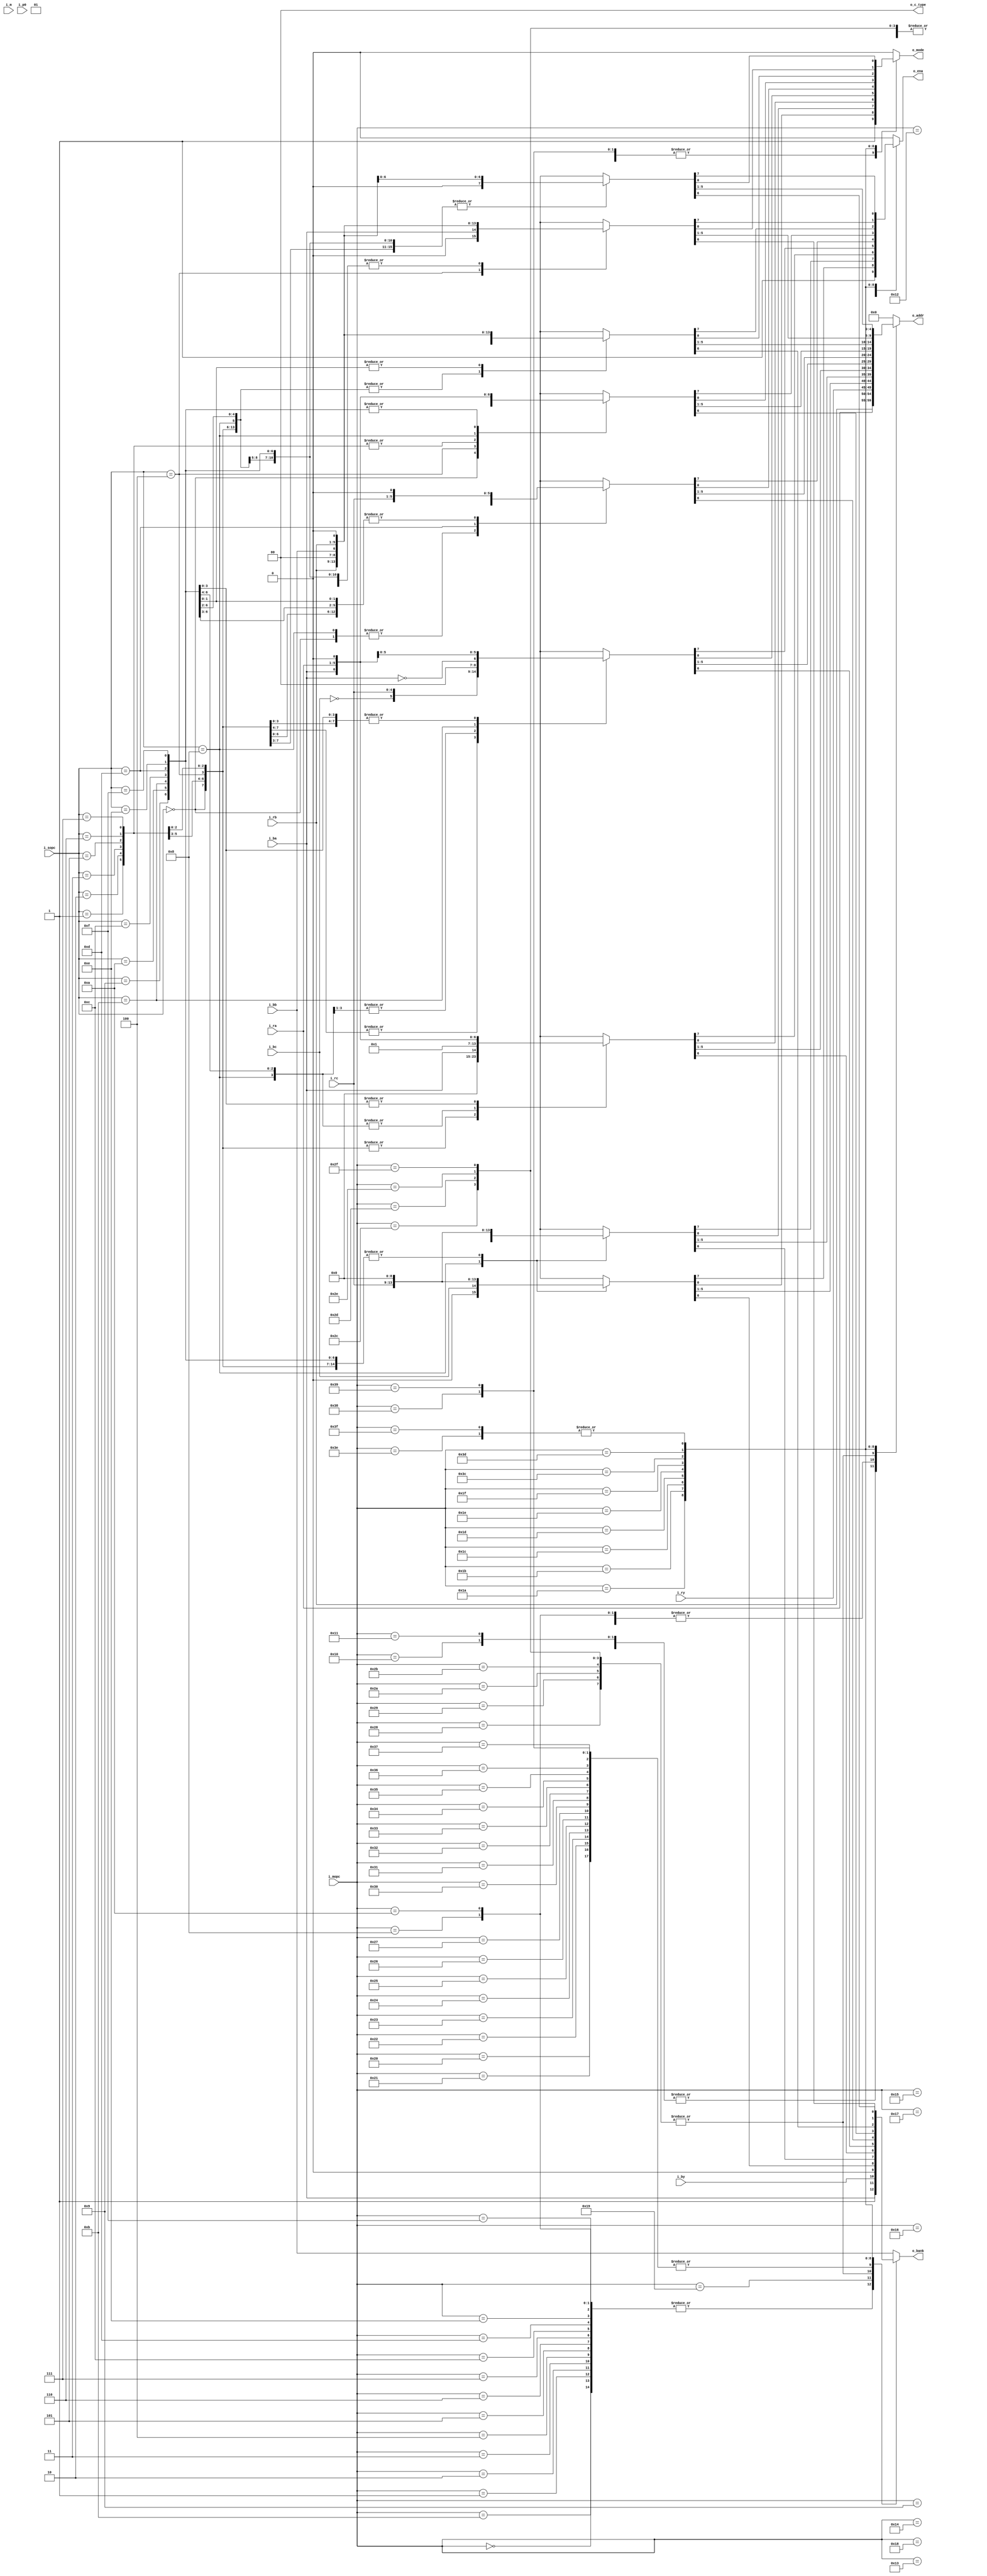
//=============================================================================
//    Main contributors
//      - Adam Luczak         <mailto:adam.luczak@outlook.com>
//=============================================================================
`default_nettype none
//-----------------------------------------------------------------------------
`timescale 1ns / 1ns                            
//=============================================================================
module eco32_core_idu_r1t
(
 input  wire     [5:0]  i_mopc,
 input  wire     [3:0]  i_sopc,
 input  wire            i_m  /*synthesis syn_keep=1*/,
 input  wire            i_p0 /*synthesis syn_keep=1*/,  
 
 input  wire     [4:0]  i_ra,
 input  wire            i_ba,     

 input  wire     [4:0]  i_rb,
 input  wire            i_bb,     

 input  wire     [4:0]  i_rc,
 input  wire            i_bc,     
 
 input  wire     [4:0]  i_ry,
 input  wire            i_by,     
 
 output  wire           o_ena,
 output  wire           o_bank,
 output  wire    [4:0]  o_addr,
 output  wire           o_mode,
 output  wire    [1:0]  o_c_type
);
//==============================================================================================
// variables
//==============================================================================================
reg         ena;
reg         bank;
reg  [4:0]  addr;
reg         mode;
//==============================================================================================
// mapping table for r1 pipe 
//==============================================================================================
always@(*)
    casex(i_mopc)   
    6'h00:         {ena,bank,addr,mode}  =  { 1'd0,    i_ba,i_ra,                         1'd0}; // sub/add
    6'h01:         {ena,bank,addr,mode}  =  { 1'd0,    i_ba,i_ra,                         1'd0}; // dec.cc/inc.cc
    6'h02:         {ena,bank,addr,mode}  =  { 1'd0,    i_ba,i_ra,                         1'd0}; // subcc/addcc
    6'h03:         {ena,bank,addr,mode}  =  { 1'd0,    i_ba,i_ra,                         1'd0}; // subucc/adducc
                                                       
    6'h04:         {ena,bank,addr,mode}  =  { 1'd0,    i_ba,i_ra,                         1'd0}; // and/andhi
    6'h05:         {ena,bank,addr,mode}  =  { 1'd0,    i_ba,i_ra,                         1'd0}; // or/orhi
    6'h06:         {ena,bank,addr,mode}  =  { 1'd0,    i_ba,i_ra,                         1'd0}; // xor/xorhi
    6'h07:         {ena,bank,addr,mode}  =  { 1'd0,    i_ba,i_ra,                         1'd0}; // andcc/andcchi
                                                       
    6'h08:         {ena,bank,addr,mode}  =  { 1'd1,    i_ba,i_ra,                         1'd1}; // min      (r,r,imm)      max       (r,r,imm)
    6'h09:         {ena,bank,addr,mode}  =  { 1'd1,    i_bb,i_rb,                         1'd0}; // sel      (r,r,imm)      sel       (r,r,imm)
    6'h0A:         {ena,bank,addr,mode}  =  { 1'd1,    i_ba,i_ra,                         1'd1}; // --                      --
    6'h0B:         {ena,bank,addr,mode}  =  { 1'd0,    i_ba,5'd0,                         1'd0}; // ld.cc    (r,r,imm)      ld.cc.ab  (r,r,imm)
                                                       
    6'h0C:         {ena,bank,addr,mode}  =  { 1'd1,    i_ba,i_ra,                         1'd0}; // mul16    (r,R,imm),      mul32    (r,R,imm)        
    6'h0D:         {ena,bank,addr,mode}  =  { 1'd1,    i_ba,i_ra,                         1'd0}; // -                 ,      mul32hl  (b:a,R,imm)      
    6'h0E:         {ena,bank,addr,mode}  =  { 1'd1,    i_ba,i_ra,                         1'd0}; // mulf16   (r,R,imm),      mulf32   (r,R,imm)        
    6'h0F:         {ena,bank,addr,mode}  =  { 1'd1,    i_ba,i_ra,                         1'd0}; // div32l   (r,R,imm),      div32hl  (b:a,R,imm)      
                                                                                                                                                   
    6'h10:         {ena,bank,addr,mode}  =  { 1'd0,    i_bb,i_rb,                         1'd1}; // fsub     (r,r,IMM),      fadd     (r,R,IMM)        
    6'h11:         {ena,bank,addr,mode}  =  { 1'd0,    i_bb,i_rb,                         1'd1}; // fmul     (r,r,imm),      fdiv     (r,R,imm)  // don't care      
    6'h12:         {ena,bank,addr,mode}  =  { 1'd1,    i_bb,i_rb,                         1'd0}; // fmulsub  (r,r,R,b:a),    fmuladd  (r,r,R,b:a)      
    6'h13:         {ena,bank,addr,mode}  =  { 1'd1,    i_bb,i_rb,                         1'd0}; // fmul.ab  (b:a,r,R,b:a),  -                         
                                                                                                                                                   
    6'h14:         {ena,bank,addr,mode}  =  { 1'd1,    i_bb,i_rb,                         1'd0}; // mul16sub (r,r,R,b:a),    mul16add (r,r,R,b:a)      
    6'h15:         {ena,bank,addr,mode}  =  { 1'd1,    i_bb,i_rb,                         1'd0}; // mul16ab  (b:a,r,R,b:a),  mul32.ab (b:a,r,R,b:a)    
    6'h16:         {ena,bank,addr,mode}  =  { 1'd1,    i_bb,i_rb,                         1'd0}; // mulf16sub(r,r,R,b:a),    mulf16add(r,r,R,b:a)      
    6'h17:         {ena,bank,addr,mode}  =  { 1'd1,    i_bb,i_rb,                         1'd0}; // mulf16ab (b:a,r,R,b:a),  mulf32.ab(b:a,r,R,b:a)    
                                                                                                                                                       
    6'h18:         {ena,bank,addr,mode}  =  { 1'd1,    i_bb,i_rb,                         1'd0}; // lea      (r,r,R,r),      -                         
    6'h19:         {ena,bank,addr,mode}  =  { 1'd1,    1'b1,i_ra,                         1'd0}; // leai     (r,B:a,imm),    -                         
//  6'h1A:         subopcode S0
//  6'h1B:         subopcode S1

//  6'h1C:         subopcode I0
//  6'h1D:         subopcode I1
//  6'h1E:         subopcode F0
//  6'h1F:         subopcode F1

    6'h20:         {ena,bank,addr,mode}  =  {1'b0,    1'b0,5'd0,                          1'd0}; // ld.ub(r+o)/ld.ub.ab(r+o)
    6'h21:         {ena,bank,addr,mode}  =  {1'b0,    1'b0,5'd0,                          1'd0}; // ld.uh(r+o)/ld.uh.ab(r+o)
    6'h22:         {ena,bank,addr,mode}  =  {1'b0,    1'b0,5'd0,                          1'd0}; // ld.uw(r+o)/ld.uw.ab(r+o)
    6'h23:         {ena,bank,addr,mode}  =  {1'b0,    1'b0,5'd0,                          1'd0}; // ld.d(r+o) /ld.d.ab(r+o)
                                                           
    6'h24:         {ena,bank,addr,mode}  =  {1'b0,    1'b0,5'd0,                          1'd0}; // ld.sb(r+o)/ld.sb.ab(r+o)
    6'h25:         {ena,bank,addr,mode}  =  {1'b0,    1'b0,5'd0,                          1'd0}; // ld.sh(r+o)/ld.sh.ab(r+o)
    6'h26:         {ena,bank,addr,mode}  =  {1'b0,    1'b0,5'd0,                          1'd0}; // ld.sw(r+o)/ld.sw.ab(r+o)
    6'h27:         {ena,bank,addr,mode}  =  {1'b0,    1'b0,5'd0,                          1'd0}; // ld.d(r+o) /ld.d.ab(r+o)
                                                           
    6'h28:         {ena,bank,addr,mode}  =  {1'b1,    i_by,i_ry,                          1'd0}; // st.b(r+o)/st.b.ab(r+o)
    6'h29:         {ena,bank,addr,mode}  =  {1'b1,    i_by,i_ry,                          1'd0}; // st.h(r+o)/st.h.ab(r+o)
    6'h2A:         {ena,bank,addr,mode}  =  {1'b1,    i_by,i_ry,                          1'd0}; // st.w(r+o)/st.w.ab(r+o)
    6'h2B:         {ena,bank,addr,mode}  =  {1'b1,    i_by,i_ry,                          1'd0}; // st.d(r+o)/st.d.ab(r+o) 
                                                           
    6'h2C:         {ena,bank,addr,mode}  =  {1'b1,    i_by,i_ry,                          1'd1}; // update
    6'h2D:         {ena,bank,addr,mode}  =  {1'b1,    i_by,i_ry,                          1'd1}; // store
    6'h2E:         {ena,bank,addr,mode}  =  {1'b1,    i_by,i_ry,                          1'd1}; // load
    6'h2F:         {ena,bank,addr,mode}  =  {1'b1,    i_by,i_ry,                          1'd1}; // flush
                                                           
    6'h30:         {ena,bank,addr,mode}  =  {1'd0,    1'b0,5'd0,                          1'd0}; // jp.cc(r+r)/jpal.cc(r+r)
    6'h31:         {ena,bank,addr,mode}  =  {1'd0,    1'b0,5'd0,                          1'd0}; // jr.cc(o)/jral.cc(o)
    6'h32:         {ena,bank,addr,mode}  =  {1'b0,    1'b0,5'd0,                          1'd0}; // jp.cc(r+o)/jpal.cc(r+0)
    6'h33:         {ena,bank,addr,mode}  =  {1'b0,    1'b0,5'd0,                          1'd0}; // syscall.cc
     
    6'h34:         {ena,bank,addr,mode}  =  {1'd0,    1'b0,5'd0,                          1'd0}; // jp(a)/jpal(o)
    6'h35:         {ena,bank,addr,mode}  =  {1'd0,    1'b0,5'd0,                          1'd0}; // jp(r+o)/jpal(r+0)
    6'h36:         {ena,bank,addr,mode}  =  {1'b0,    1'b0,5'd0,                          1'd0}; // syscall.cc
    6'h37:         {ena,bank,addr,mode}  =  {1'd0,    1'b0,5'd0,                          1'd0}; // syscall
                                                           
    6'h38:         {ena,bank,addr,mode}  =  {1'd0,    1'b0,5'd0,                          1'd1}; // ldi(imm)/ldihi(imm)
    6'h39:         {ena,bank,addr,mode}  =  {1'd0,    1'b0,5'd0,                          1'd1}; // lra(off)/lrahi(off)
//  6'h3A:         extension E0
//  6'h3B:         reserved

//  6'h3C:         subopcode M0
//  6'h3D:         subopcode M1
//  6'h3E:         reserved
//  6'h3F:         reserved

    //..........................................................................................
    6'h1A: // sub Opcode S0
    //..........................................................................................
    case(i_sopc)                                                                                                                                                               
        4'h0:      {ena,bank,addr,mode}   =  {  1'b0,   1'b0,5'd0,                        1'd0}; // shll/shlr
        4'h1:      {ena,bank,addr,mode}   =  {  1'b0,   1'b0,5'd0,                        1'd0}; // shel/shar
        4'h2:      {ena,bank,addr,mode}   =  {  1'b0,   1'b0,5'd0,                        1'd0}; // shml/shmr
        4'h3:      {ena,bank,addr,mode}   =  {  1'b0,   1'b0,5'd0,                        1'd0}; // rotl/rotr
                                                             
        4'h4:      {ena,bank,addr,mode}   =  {  1'b0,   1'b0,5'd0,                        1'd0}; // 
        4'h5:      {ena,bank,addr,mode}   =  {  1'b0,   1'b0,5'd0,                        1'd0}; // 
        4'h6:      {ena,bank,addr,mode}   =  {  1'b0,   1'b0,5'd0,                        1'd0}; // 
        4'h7:      {ena,bank,addr,mode}   =  {  1'b0,   1'b0,5'd0,                        1'd0}; // 
                                                             
        4'h8:      {ena,bank,addr,mode}   =  {  1'b0,   i_bc,i_rc,                        1'd0}; // dsl
        4'h9:      {ena,bank,addr,mode}   =  {  1'b0,   1'b0,5'd0,                        1'd0}; // 
        4'hA:      {ena,bank,addr,mode}   =  {  1'b0,   1'b0,5'd0,                        1'd0}; // 
        4'hB:      {ena,bank,addr,mode}   =  {  1'b0,   1'b0,5'd0,                        1'd0}; //
                                                             
        4'hC:      {ena,bank,addr,mode}   =  {  1'b0,   1'b0,5'd0,                        1'd0}; // clo
        4'hD:      {ena,bank,addr,mode}   =  {  1'b0,   1'b0,5'd0,                        1'd0}; // 
        4'hE:      {ena,bank,addr,mode}   =  {  1'b0,   1'b0,5'd0,                        1'd0}; // 
        4'hF:      {ena,bank,addr,mode}   =  {  1'b0,   1'b0,5'd0,                        1'd0}; // 
    endcase 

    //..........................................................................................
    6'h1B: // sub Opcode S1
    //..........................................................................................
    case(i_sopc)                                                                                                                                                               
        4'h0:      {ena,bank,addr,mode}   =  {  1'b0,   1'b0,5'd0,                        1'd0}; // 
        4'h1:      {ena,bank,addr,mode}   =  {  1'b0,   1'b0,5'd0,                        1'd0}; // 
        4'h2:      {ena,bank,addr,mode}   =  {  1'b0,   1'b0,5'd0,                        1'd0}; // 
        4'h3:      {ena,bank,addr,mode}   =  {  1'b0,   1'b0,5'd0,                        1'd0}; // 
                                                                 
        4'h4:      {ena,bank,addr,mode}   =  {  1'b0,   1'b0,5'd0,                        1'd0}; // 
        4'h5:      {ena,bank,addr,mode}   =  {  1'b0,   1'b0,5'd0,                        1'd0}; // 
        4'h6:      {ena,bank,addr,mode}   =  {  1'b0,   1'b0,5'd0,                        1'd0}; // 
        4'h7:      {ena,bank,addr,mode}   =  {  1'b0,   1'b0,5'd0,                        1'd0}; // 
                                                                 
        4'h8:      {ena,bank,addr,mode}   =  {  1'b1,  !i_bc,i_rc,                        1'd0}; // dsl
        4'h9:      {ena,bank,addr,mode}   =  {  1'b0,   1'b0,5'd0,                        1'd0}; // 
        4'hA:      {ena,bank,addr,mode}   =  {  1'b0,   1'b0,5'd0,                        1'd0}; // 
        4'hB:      {ena,bank,addr,mode}   =  {  1'b0,   1'b0,5'd0,                        1'd0}; //
                                                                 
        4'hC:      {ena,bank,addr,mode}   =  {  1'b0,   1'b0,5'd0,                        1'd0}; // clz
        4'hD:      {ena,bank,addr,mode}   =  {  1'b0,   1'b0,5'd0,                        1'd0}; // 
        4'hE:      {ena,bank,addr,mode}   =  {  1'b0,   1'b0,5'd0,                        1'd0}; // 
        4'hF:      {ena,bank,addr,mode}   =  {  1'b0,   1'b0,5'd0,                        1'd0}; // 
    endcase 

    //..........................................................................................
    6'h1C: // sub Opcode I0
    //..........................................................................................
    case(i_sopc)                                                                                                                                                               
        4'h0:      {ena,bank,addr,mode}   =  {  1'b0,   1'b0,5'd0,                        1'd0}; // sub                     add
        4'h1:      {ena,bank,addr,mode}   =  {  1'b0,   1'b0,5'd0,                        1'd0}; // dec                     inc
        4'h2:      {ena,bank,addr,mode}   =  {  1'b0,   1'b0,5'd0,                        1'd0}; // subcc                   adduccc
        4'h3:      {ena,bank,addr,mode}   =  {  1'b0,   1'b0,5'd0,                        1'd0}; // subucc                  adducc
                                                                 
        4'h4:      {ena,bank,addr,mode}   =  {  1'b0,   1'b0,5'd0,                        1'd0}; // and                     andn
        4'h5:      {ena,bank,addr,mode}   =  {  1'b0,   1'b0,5'd0,                        1'd0}; // or                      orn
        4'h6:      {ena,bank,addr,mode}   =  {  1'b0,   1'b0,5'd0,                        1'd0}; // xor                     xorn
        4'h7:      {ena,bank,addr,mode}   =  {  1'b0,   1'b0,5'd0,                        1'd0}; // andcc                   ancncc    (r,r,r)
                                                             
        4'h8:      {ena,bank,addr,mode}   =  {  1'b0,   i_ba,5'd0,                        1'd0}; // -                       - 
        4'h9:      {ena,bank,addr,mode}   =  {  1'b0,   i_ba,5'd0,                        1'd0}; // abs                     absabs
        4'hA:      {ena,bank,addr,mode}   =  {  1'b0,   i_ba,5'd0,                        1'd0}; // -                       -
        4'hB:      {ena,bank,addr,mode}   =  {  1'b0,   i_ba,5'd0,                        1'd0}; // ld.cc    (r,r)          ld.cc.ab  (b:a,b:a)     
                                                             
        4'hC:      {ena,bank,addr,mode}   =  {  1'b1,   i_ba,i_ra,                        1'd0}; // mul16    (r,R,r),       mul32    (r,R,r)   
        4'hD:      {ena,bank,addr,mode}   =  {  1'b1,   i_ba,i_ra,                        1'd0}; // -               ,       mul32hl  (b:a,R,r) 
        4'hE:      {ena,bank,addr,mode}   =  {  1'b1,   i_ba,i_ra,                        1'd0}; // mulf16   (r,R,r),       mulf32   (r,R,r)   
        4'hF:      {ena,bank,addr,mode}   =  {  1'b1,   i_ba,i_ra,                        1'd0}; // div32l   (r,R,r),       div32hl  (b:a,R,r) 
    endcase 

    //..........................................................................................
    6'h1D: // sub Opcode I1
    //..........................................................................................
    case(i_sopc)                                                                                                                                                               
        4'h0:      {ena,bank,addr,mode}   =  {  1'b1,  !i_ba,i_ra,                        1'd0}; // addadd/subsub
        4'h1:      {ena,bank,addr,mode}   =  {  1'b1,  !i_ba,i_ra,                        1'd0}; // 
        4'h2:      {ena,bank,addr,mode}   =  {  1'b1,  !i_ba,i_ra,                        1'd0}; // 
        4'h3:      {ena,bank,addr,mode}   =  {  1'b1,  !i_ba,i_ra,                        1'd0}; // 
                                                             
        4'h4:      {ena,bank,addr,mode}   =  {  1'b0,  !i_ba,i_ra,                        1'd0}; // 
        4'h5:      {ena,bank,addr,mode}   =  {  1'b0,  !i_ba,i_ra,                        1'd0}; // 
        4'h6:      {ena,bank,addr,mode}   =  {  1'b0,  !i_ba,i_ra,                        1'd0}; // 
        4'h7:      {ena,bank,addr,mode}   =  {  1'b0,  !i_ba,i_ra,                        1'd0}; // 
                                                             
        4'h8:      {ena,bank,addr,mode}   =  {  1'b0,  !i_bc,i_rc,                        1'd0}; // 
        4'h9:      {ena,bank,addr,mode}   =  {  1'd0,  !i_bc,i_rc,                        1'd0}; // 
        4'hA:      {ena,bank,addr,mode}   =  {  1'b0,  !i_bc,i_rc,                        1'd0}; // 
        4'hB:      {ena,bank,addr,mode}   =  {  i_p0,  !i_bc,i_rc,                        1'd0}; // move.cc cr
                                                             
        4'hC:      {ena,bank,addr,mode}   =  {  1'b0,  !i_ba,i_ra,                        1'd0}; // 
        4'hD:      {ena,bank,addr,mode}   =  {  1'b0,  !i_ba,i_ra,                        1'd0}; // 
        4'hE:      {ena,bank,addr,mode}   =  {  1'b0,  !i_ba,i_ra,                        1'd0}; // 
        4'hF:      {ena,bank,addr,mode}   =  {  1'b0,  !i_ba,i_ra,                        1'd0}; // 
    endcase 
    
    //..........................................................................................
    6'h1E: // sub Opcode F0
    //..........................................................................................
    case(i_sopc)                                                                                                                                                               
        4'h0:      {ena,bank,addr,mode}   =  {  1'b1,   i_bc,i_rc,                          1'd0}; // fsub     (r,r,R),        fadd     (r,r,R)    
        4'h1:      {ena,bank,addr,mode}   =  {  1'b0,   i_bc,i_rc,                          1'd0}; // fmul     (r,r,r),        fdiv     (r,r,r)   // don't care 
        4'h2:      {ena,bank,addr,mode}   =  {  1'b0,   i_bc,i_rc,                          1'd0}; // -                        -                   
        4'h3:      {ena,bank,addr,mode}   =  {  1'b0,   i_bc,i_rc,                          1'd0}; // -                        -                   
                                                                                                                                              
        4'h4:      {ena,bank,addr,mode}   =  {  1'b0,   i_bc,i_rc,                          1'd0}; // fsin/fcos(r,r),          ftan/fatan(r,r)     
        4'h5:      {ena,bank,addr,mode}   =  {  1'b0,   i_bc,i_rc,                          1'd0}; // flog     (r,r),          fexp     (r,r)      
        4'h6:      {ena,bank,addr,mode}   =  {  1'b0,   i_bc,i_rc,                          1'd0}; // -                        -                   
        4'h7:      {ena,bank,addr,mode}   =  {  1'b0,   i_bc,i_rc,                          1'd0}; // fsqrt    (r,r),          f1x      (r,r)      
                                                                                                                                              
        4'h8:      {ena,bank,addr,mode}   =  {  1'b1,   i_bc,i_rc,                          1'd0}; // ftoi/itof(r,R),          -                   
        4'h9:      {ena,bank,addr,mode}   =  {  1'b0,   i_bc,i_rc,                          1'd0}; // ftrunc/frounf(r,r),      ffloor/fceil(r,r)   
        4'hA:      {ena,bank,addr,mode}   =  {  1'b0,   i_bc,i_rc,                          1'd0}; // -                        -                   
        4'hB:      {ena,bank,addr,mode}   =  {  1'b0,   i_bc,i_rc,                          1'd0}; //   -                        -                   
                                                                                                                                              
        4'hC:      {ena,bank,addr,mode}   =  {  1'b0,   i_bc,i_rc,                          1'd0}; // -                        -                   
        4'hD:      {ena,bank,addr,mode}   =  {  1'b0,   i_bc,i_rc,                          1'd1}; // fabs/fneg(r,r),          -  
        4'hE:      {ena,bank,addr,mode}   =  {  1'b0,   i_bc,i_rc,                          1'd0}; // -                        -                   
        4'hF:      {ena,bank,addr,mode}   =  {  1'b0,   i_bc,i_rc,                          1'd0}; // -                        -                   
    endcase 

    //..........................................................................................
    6'h1F: // sub Opcode X0
    //..........................................................................................
    case(i_sopc)                                                                                                                                                               
        4'h0:      {ena,bank,addr,mode}   =  {   i_m,  !i_ba,i_ra,                          1'd0}; // sad                      sad.ba
        4'h1:      {ena,bank,addr,mode}   =  {  1'b0,   i_bb,i_rb,                          1'd0}; // -                        -   
        4'h2:      {ena,bank,addr,mode}   =  {  1'b0,   i_bb,i_rb,                          1'd0}; // -                        -   
        4'h3:      {ena,bank,addr,mode}   =  {  1'b0,   i_bb,i_rb,                          1'd0}; // -                        -   
                                                                                                                              
        4'h4:      {ena,bank,addr,mode}   =  {  1'b0,   i_ba,i_rb,                          1'd0}; // bswap  (r,r)          bswap.ab  (b:a,b:a)
        4'h5:      {ena,bank,addr,mode}   =  {  1'b0,   i_bb,i_rb,                          1'd0}; // -                        -   
        4'h6:      {ena,bank,addr,mode}   =  {  1'b0,   i_bb,i_rb,                          1'd0}; // -                        -   
        4'h7:      {ena,bank,addr,mode}   =  {  1'b0,   i_bb,i_rb,                          1'd0}; // -                        -   

        4'h8:      {ena,bank,addr,mode}   =  {  1'b1,   i_ba,i_ra,                          1'd0}; // min/max    (r,r,r)        maxmin.ab (b:a,r,r)
        4'h9:      {ena,bank,addr,mode}   =  {  1'b0,   i_ba,i_ra,                          1'd0}; // -                        -   
        4'hA:      {ena,bank,addr,mode}   =  {  1'b0,   i_ba,i_ra,                          1'd0}; // -                        -   
        4'hB:      {ena,bank,addr,mode}   =  {  1'b0,   i_ba,i_ra,                          1'd0}; // -                        -   
                                                                                                                              
        4'hC:      {ena,bank,addr,mode}   =  {  1'b0,   i_ba,i_ra,                          1'd0}; // -                        -   
        4'hD:      {ena,bank,addr,mode}   =  {  1'b0,   i_ba,i_ra,                          1'd0}; // -                        -   
        4'hE:      {ena,bank,addr,mode}   =  {  1'b0,   i_ba,i_ra,                          1'd0}; // -                        -   
        4'hF:      {ena,bank,addr,mode}   =  {  1'b0,   i_ba,i_ra,                          1'd0}; // -                        -   
    endcase 
    
    //..........................................................................................
    6'h3C: // sub Opcode M0
    //..........................................................................................
    case(i_sopc)                                                                                                                                                               
        4'h0:      {ena,bank,addr,mode}   =  {  1'b1,   i_bb,i_rb,                          1'd0}; // ld.ub(r+r)/ld.ub.ab(r+r)
        4'h1:      {ena,bank,addr,mode}   =  {  1'b1,   i_bb,i_rb,                          1'd0}; // ld.uh(r+r)/ld.uh.ab(r+r)
        4'h2:      {ena,bank,addr,mode}   =  {  1'b1,   i_bb,i_rb,                          1'd0}; // ld.uw(r+r)/ld.uw.ab(r+r)
        4'h3:      {ena,bank,addr,mode}   =  {  1'b1,   i_bb,i_rb,                          1'd0}; // ld.d(r+r) /ld.d.ab(r+r)
                                                             
        4'h4:      {ena,bank,addr,mode}   =  {  1'b1,   i_bb,i_rb,                          1'd0}; // ld.sb(r+r)/ld.sb.ab(r+r)
        4'h5:      {ena,bank,addr,mode}   =  {  1'b1,   i_bb,i_rb,                          1'd0}; // ld.sh(r+r)/ld.sh.ab(r+r)
        4'h6:      {ena,bank,addr,mode}   =  {  1'b1,   i_bb,i_rb,                          1'd0}; // ld.sw(r+r)/ld.sw.ab(r+r)
        4'h7:      {ena,bank,addr,mode}   =  {  1'b1,   i_bb,i_rb,                          1'd0}; // ld.d(r+r) /ld.d.ab(r+r)
                                                             
        4'h8:      {ena,bank,addr,mode}   =  {  1'b1,   i_bb,i_rb,                          1'd0}; // st.b(r+r)/st.b.ab(r+r)
        4'h9:      {ena,bank,addr,mode}   =  {  1'b1,   i_bb,i_rb,                          1'd0}; // st.h(r+r)/st.h.ab(r+r)
        4'hA:      {ena,bank,addr,mode}   =  {  1'b1,   i_bb,i_rb,                          1'd0}; // st.w(r+r)/st.w.ab(r+r)
        4'hB:      {ena,bank,addr,mode}   =  {  1'b1,   i_bb,i_rb,                          1'd0}; // st.d(r+r)/st.d.ab(r+r) 
                                                             
        4'hC:      {ena,bank,addr,mode}   =  {  1'b1,   i_bb,i_rb,                          1'd0}; // ld.f32(r+r)/ld.f32.ab(r+r) -- reserved
        4'hD:      {ena,bank,addr,mode}   =  {  1'b1,   i_bb,i_rb,                          1'd0}; // st.f32(r+r)/st.f32.ab(r+r) -- reserved
        4'hE:      {ena,bank,addr,mode}   =  {  1'b0,   i_bb,i_rb,                          1'd0}; // 
        4'hF:      {ena,bank,addr,mode}   =  {  1'b0,   i_bb,i_rb,                          1'd0}; // 
    endcase 

    //..........................................................................................
    6'h3D: // sub Opcode M1
    //..........................................................................................
    case(i_sopc)                                                                                                                                                               
        4'h0:      {ena,bank,addr,mode}   =  {  1'b0,   i_bb,i_rb,                          1'd0}; // ld.ub(r)/ld.ub.ab(r)
        4'h1:      {ena,bank,addr,mode}   =  {  1'b0,   i_bb,i_rb,                          1'd0}; // ld.uh(r)/ld.uh.ab(r)
        4'h2:      {ena,bank,addr,mode}   =  {  1'b0,   i_bb,i_rb,                          1'd0}; // ld.uw(r)/ld.uw.ab(r)
        4'h3:      {ena,bank,addr,mode}   =  {  1'b0,   i_bb,i_rb,                          1'd0}; // ld.d(r) /ld.d.ab(r)
                                                             
        4'h4:      {ena,bank,addr,mode}   =  {  1'b0,   i_ba,i_rb,                          1'd0}; // ld.sb(r)/ld.sb.ab(r)
        4'h5:      {ena,bank,addr,mode}   =  {  1'b0,   i_bb,i_rb,                          1'd0}; // ld.sh(r)/ld.sh.ab(r)
        4'h6:      {ena,bank,addr,mode}   =  {  1'b0,   i_bb,i_rb,                          1'd0}; // ld.sw(r)/ld.sw.ab(r)
        4'h7:      {ena,bank,addr,mode}   =  {  1'b0,   i_bb,i_rb,                          1'd0}; // ld.d(r) /ld.d.ab(r)
                                                             
        4'h8:      {ena,bank,addr,mode}   =  {  1'b0,   i_bb,i_rb,                          1'd0}; // st.b(r)/st.b.ab(r)
        4'h9:      {ena,bank,addr,mode}   =  {  1'b0,   i_bb,i_rb,                          1'd0}; // st.h(r)/st.h.ab(r)
        4'hA:      {ena,bank,addr,mode}   =  {  1'b0,   i_bb,i_rb,                          1'd0}; // st.w(r)/st.w.ab(r)
        4'hB:      {ena,bank,addr,mode}   =  {  1'b0,   i_bb,i_rb,                          1'd0}; // st.d(r)/st.d.ab(r) 
                                                             
        4'hC:      {ena,bank,addr,mode}   =  {  1'b0,   i_bb,i_rb,                          1'd0}; // ld.f32(r)/ld.f32.ab(r) -- reserved
        4'hD:      {ena,bank,addr,mode}   =  {  1'b0,   i_bb,i_rb,                          1'd0}; // st.f32(r)/st.f32.ab(r) -- reserved
        4'hE:      {ena,bank,addr,mode}   =  {  1'b0,   i_bb,i_rb,                          1'd0}; // 
        4'hF:      {ena,bank,addr,mode}   =  {  1'b0,   i_bb,i_rb,                          1'd0}; // 
    endcase 

    //..........................................................................................
    6'h3E: // sub Opcode M2
    //..........................................................................................
    case(i_sopc)                                                                                                                                                               
        4'h0:      {ena,bank,addr,mode}   =  {  1'b0,   i_bb,i_rb,                          1'd0}; // 
        4'h1:      {ena,bank,addr,mode}   =  {  1'b0,   i_bb,i_rb,                          1'd0}; // 
        4'h2:      {ena,bank,addr,mode}   =  {  1'b0,   i_bb,i_rb,                          1'd0}; // 
        4'h3:      {ena,bank,addr,mode}   =  {  1'b0,   i_bb,i_rb,                          1'd0}; // 
                                                             
        4'h4:      {ena,bank,addr,mode}   =  {  1'b0,   i_bb,i_rb,                          1'd0}; // 
        4'h5:      {ena,bank,addr,mode}   =  {  1'b0,   i_bb,i_rb,                          1'd0}; // 
        4'h6:      {ena,bank,addr,mode}   =  {  1'b0,   i_bb,i_rb,                          1'd0}; // 
        4'h7:      {ena,bank,addr,mode}   =  {  1'b0,   i_bb,i_rb,                          1'd0}; // 
                                                             
        4'h8:      {ena,bank,addr,mode}   =  {  1'b0,   i_bb,i_rb,                          1'd0}; // 
        4'h9:      {ena,bank,addr,mode}   =  {  1'b0,   i_bb,i_rb,                          1'd0}; // 
        4'hA:      {ena,bank,addr,mode}   =  {  1'b0,   i_bb,i_rb,                          1'd0}; // 
        4'hB:      {ena,bank,addr,mode}   =  {  1'b0,   i_bb,i_rb,                          1'd0}; // 
                                                             
        4'hC:      {ena,bank,addr,mode}   =  {  1'b0,   i_bb,i_rb,                          1'd0}; // 
        4'hD:      {ena,bank,addr,mode}   =  {  1'b0,   i_bb,i_rb,                          1'd0}; // 
        4'hE:      {ena,bank,addr,mode}   =  {  1'b0,   i_bb,i_rb,                          1'd0}; // 
        4'hF:      {ena,bank,addr,mode}   =  {  1'b0,   i_bb,i_rb,                          1'd0}; // 
    endcase 

    //..........................................................................................
    6'h3F: // sub Opcode M3
    //..........................................................................................
    case(i_sopc)                                                                                                                                                               
        4'h0:      {ena,bank,addr,mode}   =  {  1'b0,   i_bb,i_rb,                          1'd0}; // 
        4'h1:      {ena,bank,addr,mode}   =  {  1'b0,   i_bb,i_rb,                          1'd0}; // 
        4'h2:      {ena,bank,addr,mode}   =  {  1'b0,   i_bb,i_rb,                          1'd0}; // 
        4'h3:      {ena,bank,addr,mode}   =  {  1'b0,   i_bb,i_rb,                          1'd0}; // 
                                                             
        4'h4:      {ena,bank,addr,mode}   =  {  1'b0,   i_bb,i_rb,                          1'd0}; // 
        4'h5:      {ena,bank,addr,mode}   =  {  1'b0,   i_bb,i_rb,                          1'd0}; // 
        4'h6:      {ena,bank,addr,mode}   =  {  1'b0,   i_bb,i_rb,                          1'd0}; // 
        4'h7:      {ena,bank,addr,mode}   =  {  1'b0,   i_bb,i_rb,                          1'd0}; // 
                                                             
        4'h8:      {ena,bank,addr,mode}   =  {  1'b0,   i_bb,i_rb,                          1'd0}; // 
        4'h9:      {ena,bank,addr,mode}   =  {  1'b0,   i_bb,i_rb,                          1'd0}; // 
        4'hA:      {ena,bank,addr,mode}   =  {  1'b0,   i_bb,i_rb,                          1'd0}; // 
        4'hB:      {ena,bank,addr,mode}   =  {  1'b0,   i_bb,i_rb,                          1'd0}; // 
                                                             
        4'hC:      {ena,bank,addr,mode}   =  {  1'b0,   i_bb,i_rb,                          1'd0}; // 
        4'hD:      {ena,bank,addr,mode}   =  {  1'b0,   i_bb,i_rb,                          1'd0}; // 
        4'hE:      {ena,bank,addr,mode}   =  {  1'b0,   i_bb,i_rb,                          1'd0}; // 
        4'hF:      {ena,bank,addr,mode}   =  {  1'b0,   i_bb,i_rb,                          1'd0}; // 
    endcase                                                  
                                                             
    default:       {ena,bank,addr,mode}  =    { 1'b0,   i_bb,5'd0,                          1'd0};
    endcase     
//==============================================================================================
// output
//==============================================================================================
assign      o_ena       =                                                                   ena;
assign      o_bank      =                                                                  bank;
assign      o_addr      =                                                                  addr;
assign      o_mode      =                                                                  mode;  
assign      o_c_type    =                                                                  2'd0; 
//----------------------------------------------------------------------------------------------
endmodule